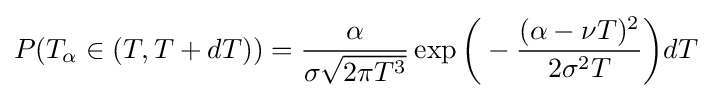
P(T_{\alpha }\in (T,T+dT))={\frac {\alpha }{\sigma {\sqrt {2\pi T^{3}}}}}\exp {\biggl (}-{\frac {(\alpha -\nu T)^{2}}{2\sigma ^{2}T}}{\biggr )}dT